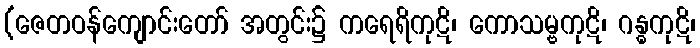
(ဇေတဝန်ကျောင်းတော် အတွင်း၌ ကရေရိကုဋိ၊ ကောသမ္ဗကုဋိ၊ ဂန္ဓကုဋိ၊